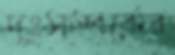
দুঃসম্পর্কের